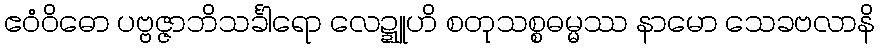
ဧဝံဝိဓော ပဗ္ဗဇ္ဇာဘိသင်္ခါရော လေဍ္ဍူဟိ စတုသစ္စဓမ္မဿ နာမော သေခဗလာနိ